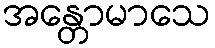
အန္တောမာသေ